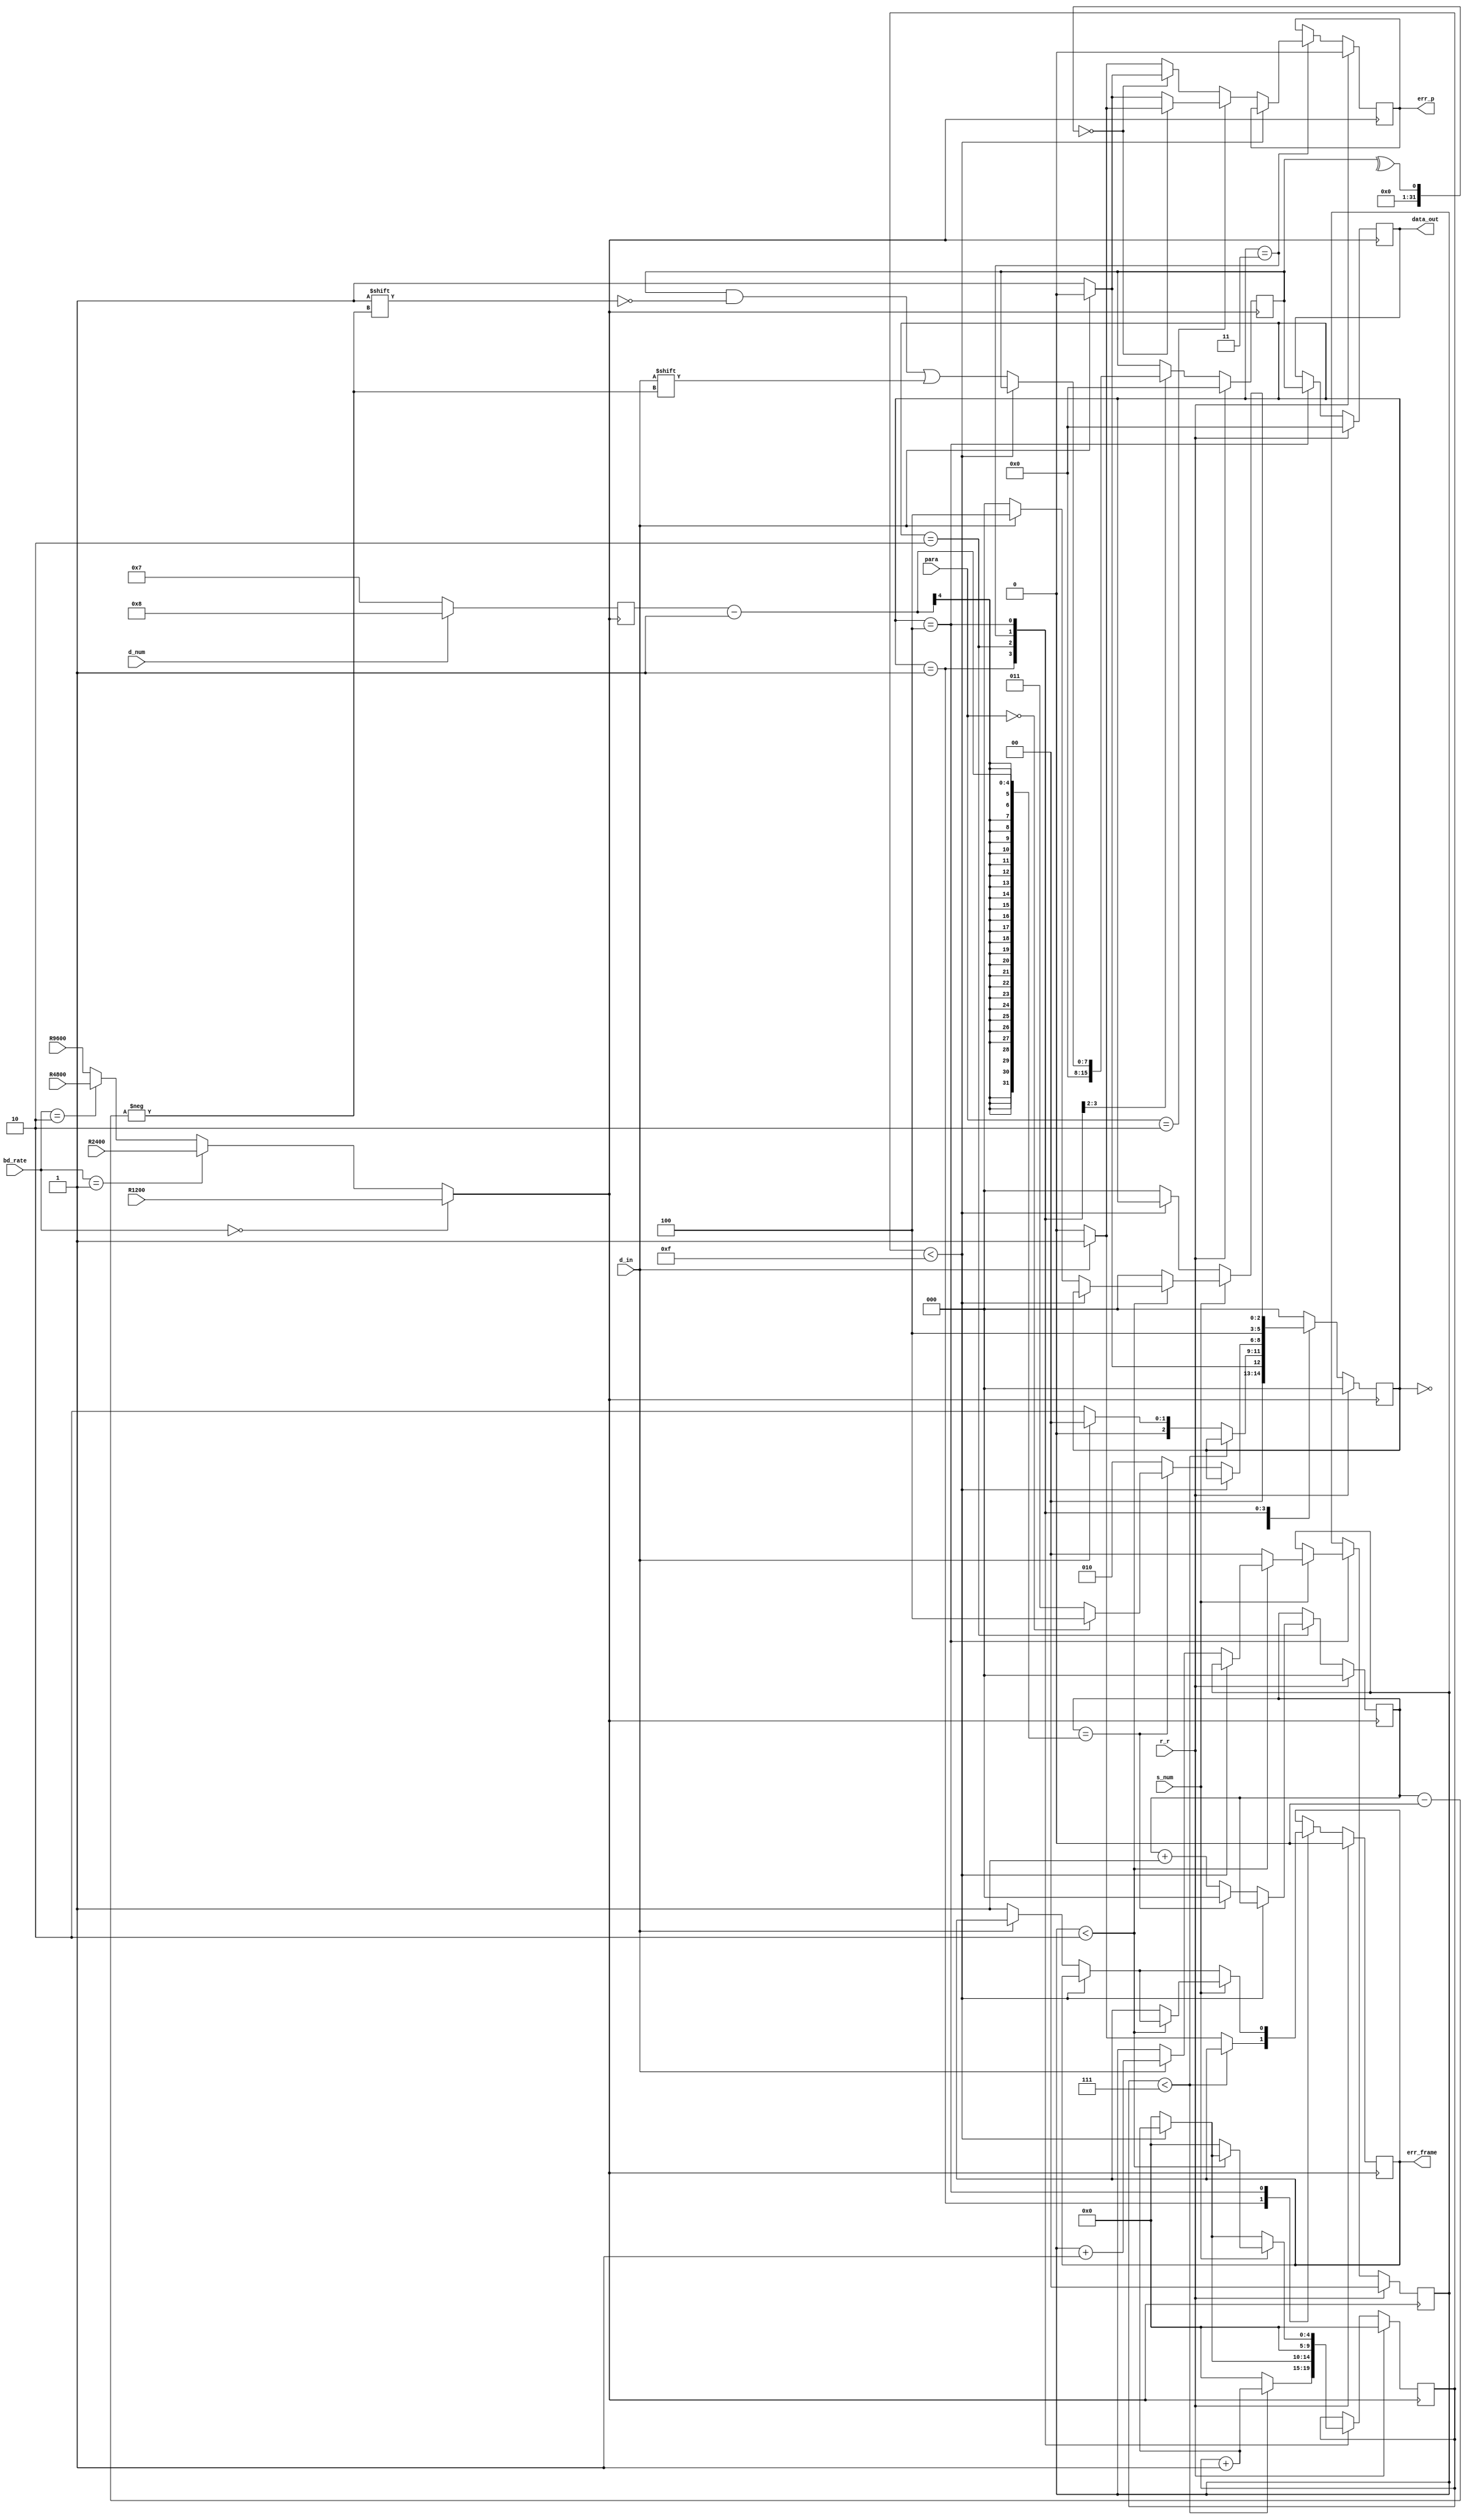
module Rx (r_r,d_in,data_out,d_num,s_num,para,R1200,R2400,R4800,R9600,bd_rate,err_p,err_frame);
  //input
  input R1200,R2400,R4800,R9600;   
  input r_r,d_in,d_num,s_num;   
  input [1:0] para;
  input [1:0] bd_rate;   // selector for different clocks
  //output
  output reg [7:0]data_out;
  output reg err_p;    // error for parity
  output reg err_frame;
  
  reg [1:0]stop_count;
  reg [2:0]st;   // state
  reg [4:0]c_clk;    // counter for clk
  reg [2:0]n;  // for state of d_in (counter for n_bit)
  reg [3:0]n_bit;    // number of bits       ////////////a//should use the input signal instead
  reg [7:0]d_out;
  reg clk_r;
 
  // begin by choosing the rate of the clock
  always @(bd_rate,R1200,R2400,R4800,R9600)begin
    if(bd_rate==0)
      clk_r =R1200;
    else if(bd_rate==1)
      clk_r =R2400;
    else if(bd_rate==2)
      clk_r =R4800;
    else 
      clk_r =R9600;
  end//always
  
  // detecting the number of bits
  always @(posedge clk_r)begin   
    if (d_num)
      n_bit=8;
    else
      n_bit=7;
  end//always
  
  always @(posedge clk_r )begin
    if (r_r)begin     // reset
      d_out=0;
      st=0;
      stop_count=0;
      c_clk=0;
      n=0;
      data_out=0;
      err_p=0;
      err_frame=0;
    end//if
    else    // not reset
      case (st)
        0:begin   // idle state
          if(d_in)
            st=0;
          else
            st=1;
          end//case:0
        1:begin  // start state
          d_out=0;    
          if (c_clk<7)   // count 7 clk then read again
            c_clk=c_clk+1;
          else if (d_in) begin //error in start
            err_frame=1;
            c_clk=0;
            st=0;
          end//else if           
          else begin
            c_clk=0;
            st=2;
            err_frame=0;
          end//else
        end//case:1
        2:begin       // data state 
          if (c_clk<15)
            c_clk=c_clk+1;
          else if (n==n_bit-1)begin   // last bit 
            d_out[n]=d_in;
            n=0;
            c_clk=0;
            if(para==2'b00)
              st=4;     // stop as no parity
            else
              st=3;     // parity state
          end//else if
          else begin
            d_out[n]=d_in;
            st=2;
            c_clk=0;
            n=n+1;
          end//else
        end//case:2
        3:begin    // parity state
          if (c_clk<15)
            c_clk=c_clk+1;
          else if (para==2'b10)begin         // check parity
            if (^d_out ==0)// even parity
              if(d_in)
                err_p=1;
              else
                err_p=0;
            else if(d_in)
              err_p=0;
            else
            err_p=1;
          end//else if
          else if (^d_out ==0)       //odd parity
            if(d_in)
              err_p=0;
            else
              err_p=1;
          else
            if(d_in)
              err_p=1;
            else
              err_p=0; 
          st=4;
          c_clk=0;
        end//case:3
        4:begin     // stop state
          if(s_num)begin
            if(stop_count<2)begin
              if (c_clk<15)
                c_clk=c_clk+1;
              else begin
                c_clk=0; 
                if (d_in)begin     // check stop
                  stop_count=stop_count+1;
                  st=4;
                end//if
                else begin      //stop data not 1
                err_frame=1;
                st=0;
                end//else
              end//else
            end//if
            else begin
              st=0;
              stop_count=0;
              c_clk=0;
            end//else
          end//if
          else if (c_clk<15)
            c_clk=c_clk+1;
          else begin
            c_clk=0;
            if (d_in)
              st=0;
            else begin    // error in stop
              err_frame=1;
              st=0;
            end//else
          end//else
          data_out=d_out; 
        end//case:4
      default : st=0;
    endcase
  end//always
endmodule